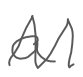
Text: a
Cross-out: zig-zag
Writing tool: digital_gray